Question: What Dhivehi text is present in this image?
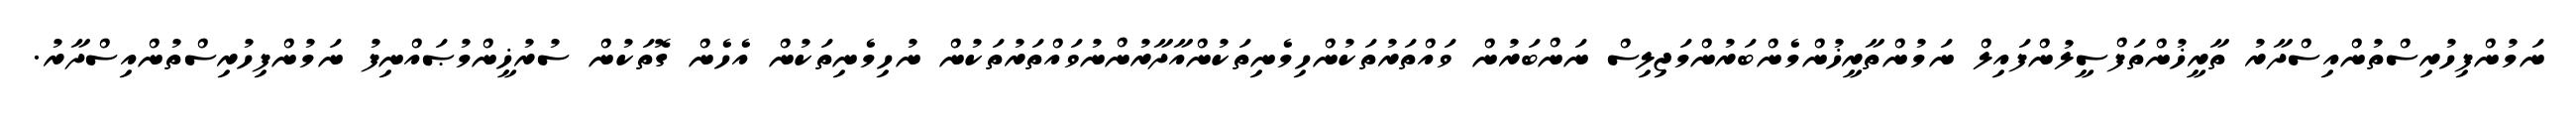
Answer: ނަމުންފިހުރިސްތުންއިސްދާރު ތާރީޚުންތަފްސީލުންފައިލް ނަމުންތާރީޚުންމެންބަރުންމަޖިލިސް ނަންބަރުން ވައްތަރުތަކުންހިމެނިތަކުންއާދާރުންނުވައްތަރުތަކުން ނުހިމެނިތަކުން އެހެން ގޮތަކުން ސުރުޚީންމުޞައްނިފު ނަމުންފިހުރިސްތުންއިސްދާރު.